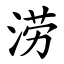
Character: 涝